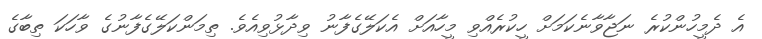
އެ ދެމީހުންކުރެ ނަޖާވާނެކަމަށް ހީކުރެއްވި މީހާއަށް އެކަލޭގެފާނު ވިދާޅުވިއެވެ. ތިމަންކަލޭގެފާނުގެ ވާހަކަ ތިބާގެ